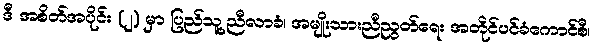
ဒီ အစိတ်အပိုင်း (၂) မှာ ပြည်သူ့ညီလာခံ၊ အမျိုးသားညီညွတ်ရေး အတိုင်ပင်ခံကောင်စီ၊